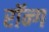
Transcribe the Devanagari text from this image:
रॉन्ग